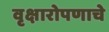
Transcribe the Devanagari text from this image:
वृक्षारोपणाचे